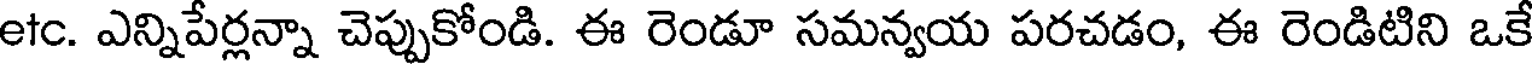
etc. ఎన్నిపేర్లన్నా చెప్పుకోండి. ఈ రెండూ సమన్వయ పరచడం, ఈ రెండిటిని ఒకే